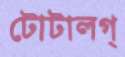
টোটালগ্